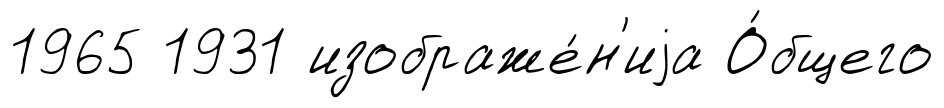
1965 1931 изображе́н'иjа О́бщего